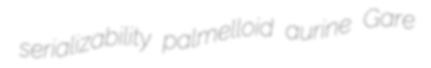
serializability palmelloid aurine Gare